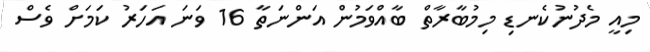
މިއީ މެދުނުކެނޑި މިމުބާރާތް ބާއްވަމުން އަންނަތާ 16 ވަނަ އަހަރު ކަމަށް ވެސް